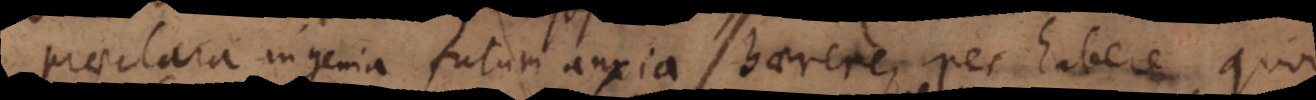
praeclara ingenia futuri anxia haerere, nec habere quod